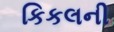
કિકલની